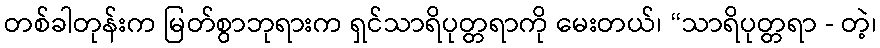
တစ်ခါတုန်းက မြတ်စွာဘုရားက ရှင်သာရိပုတ္တရာကို မေးတယ်၊ “သာရိပုတ္တရာ - တဲ့၊